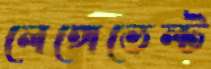
লেঙ্গেভেল্ট